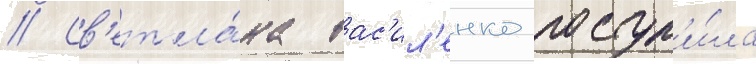
// Св'етла́на вас'ил'енко поступ'и́ла